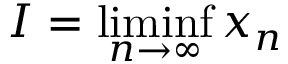
I = \operatorname* { l i m i n f } _ { n \to \infty } x _ { n }